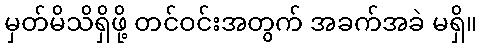
မှတ်မိသိရှိဖို့ တင်ဝင်းအတွက် အခက်အခဲ မရှိ။